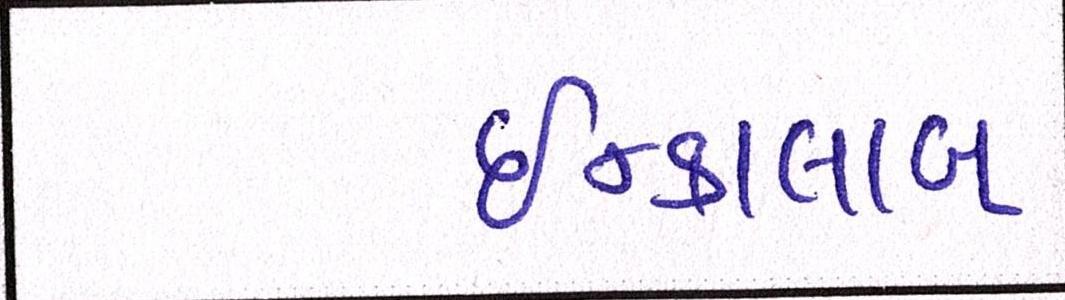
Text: ઇન્કાલાબ